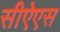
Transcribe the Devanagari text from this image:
सीऐएस